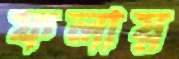
ফলায়